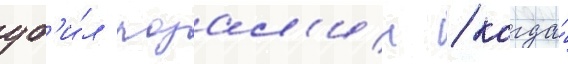
уб'и́л розал'ин / когда́